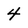
Character: 4